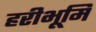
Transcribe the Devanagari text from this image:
हरीभूमि